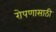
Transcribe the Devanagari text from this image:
रोपणासाठी